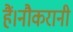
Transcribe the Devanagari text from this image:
हैं।नौकरानी